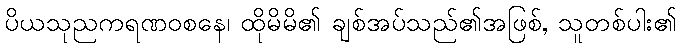
ပိယသုညကရဏဝစနေ၊ ထိုမိမိ၏ ချစ်အပ်သည်၏အဖြစ်, သူတစ်ပါး၏